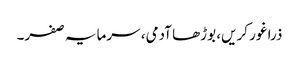
ذرا غور کریں، بوڑھا آدمی، سرمایہ صفر۔